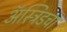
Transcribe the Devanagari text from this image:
ॲस्ट्रिडचा